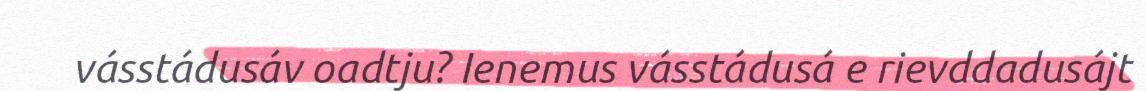
vásstádusáv oadtju? Ienemus vásstádusá e rievddadusájt